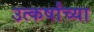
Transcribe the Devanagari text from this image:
उत्कर्षांच्या